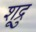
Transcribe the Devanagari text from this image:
शूद्रु